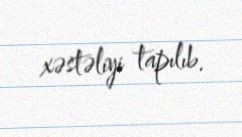
xəstəliyi tapılıb.